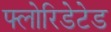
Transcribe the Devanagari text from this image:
फ्लोरिडेटेड